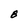
Character: B